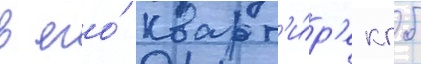
в его́ кварт'и́р'е кгб